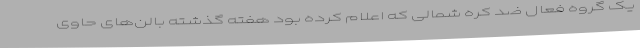
یک گروه فعال ضد کره شمالی که اعلام کرده بود هفته گذشته بالن‌های حاوی